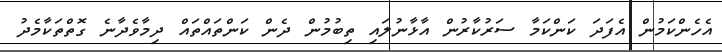
އެހެންކަމުން އެފަދަ ކަންކަމާ ސަރުކާރުން އާޅާނުލައި ތިބުމުން ދެން ކަންތައްތައް ދިމާވެދާނެ ގޮތްތަކާމެދު